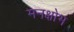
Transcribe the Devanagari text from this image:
मनक्षोभ